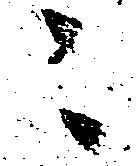
ニ